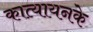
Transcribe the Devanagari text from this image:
कात्यायनके